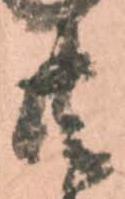
共